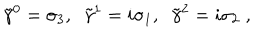
{ \tilde { \gamma } } ^ { 0 } = \sigma _ { 3 } , \; \; { \tilde { \gamma } } ^ { 1 } = i \sigma _ { 1 } , \; \; { \tilde { \gamma } } ^ { 2 } = i \sigma _ { 2 } \; ,